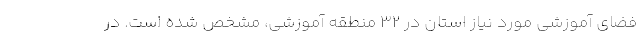
فضای آموزشی مورد نیاز استان در ۳۲ منطقه آموزشی، مشخص شده است. در